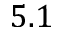
5 . 1